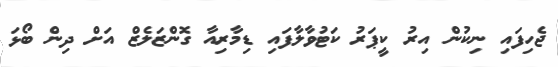
ޖެހިފައި ނިކުން އިރު ކީޕަރު ކަޓުވާލާފައި ޑިމާރިއާ ގޮންޒަލެޒް އަށް ދިން ބޯޅަ